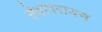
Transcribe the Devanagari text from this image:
सेवापरायण